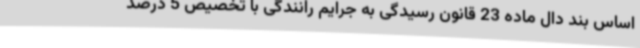
اساس بند دال ماده 23 قانون رسیدگی به جرایم رانندگی با تخصیص 5 درصد